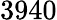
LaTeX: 3940